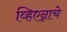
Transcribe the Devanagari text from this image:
व्हिएन्नाचे